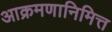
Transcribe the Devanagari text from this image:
आक्रमणानिमित्त